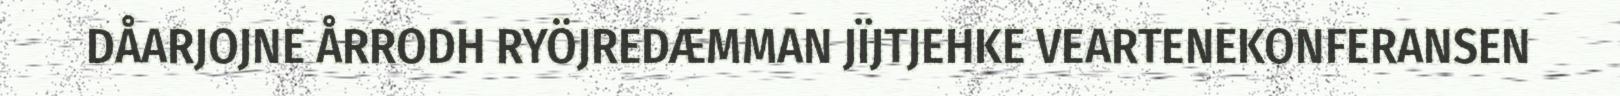
DÅARJOJNE ÅRRODH RYÖJREDÆMMAN JÏJTJEHKE VEARTENEKONFERANSEN